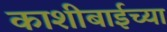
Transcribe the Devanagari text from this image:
काशीबाईच्या